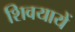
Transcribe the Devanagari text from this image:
शिवयायें